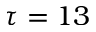
\tau = 1 3